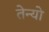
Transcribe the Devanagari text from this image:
तेन्यो